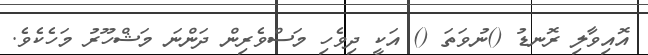
އޮއިވާލި ރޮނޑު ()ނުވަތަ () އަކީ ދިވެހި މަސްވެރިން ދަންނަ މަޝްހޫރު މަހެކެވެ.